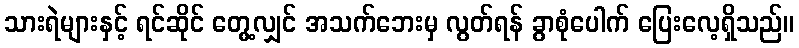
သားရဲများနှင့် ရင်ဆိုင် တွေ့လျှင် အသက်ဘေးမှ လွတ်ရန် ခွာစုံပေါက် ပြေးလေ့ရှိသည်။